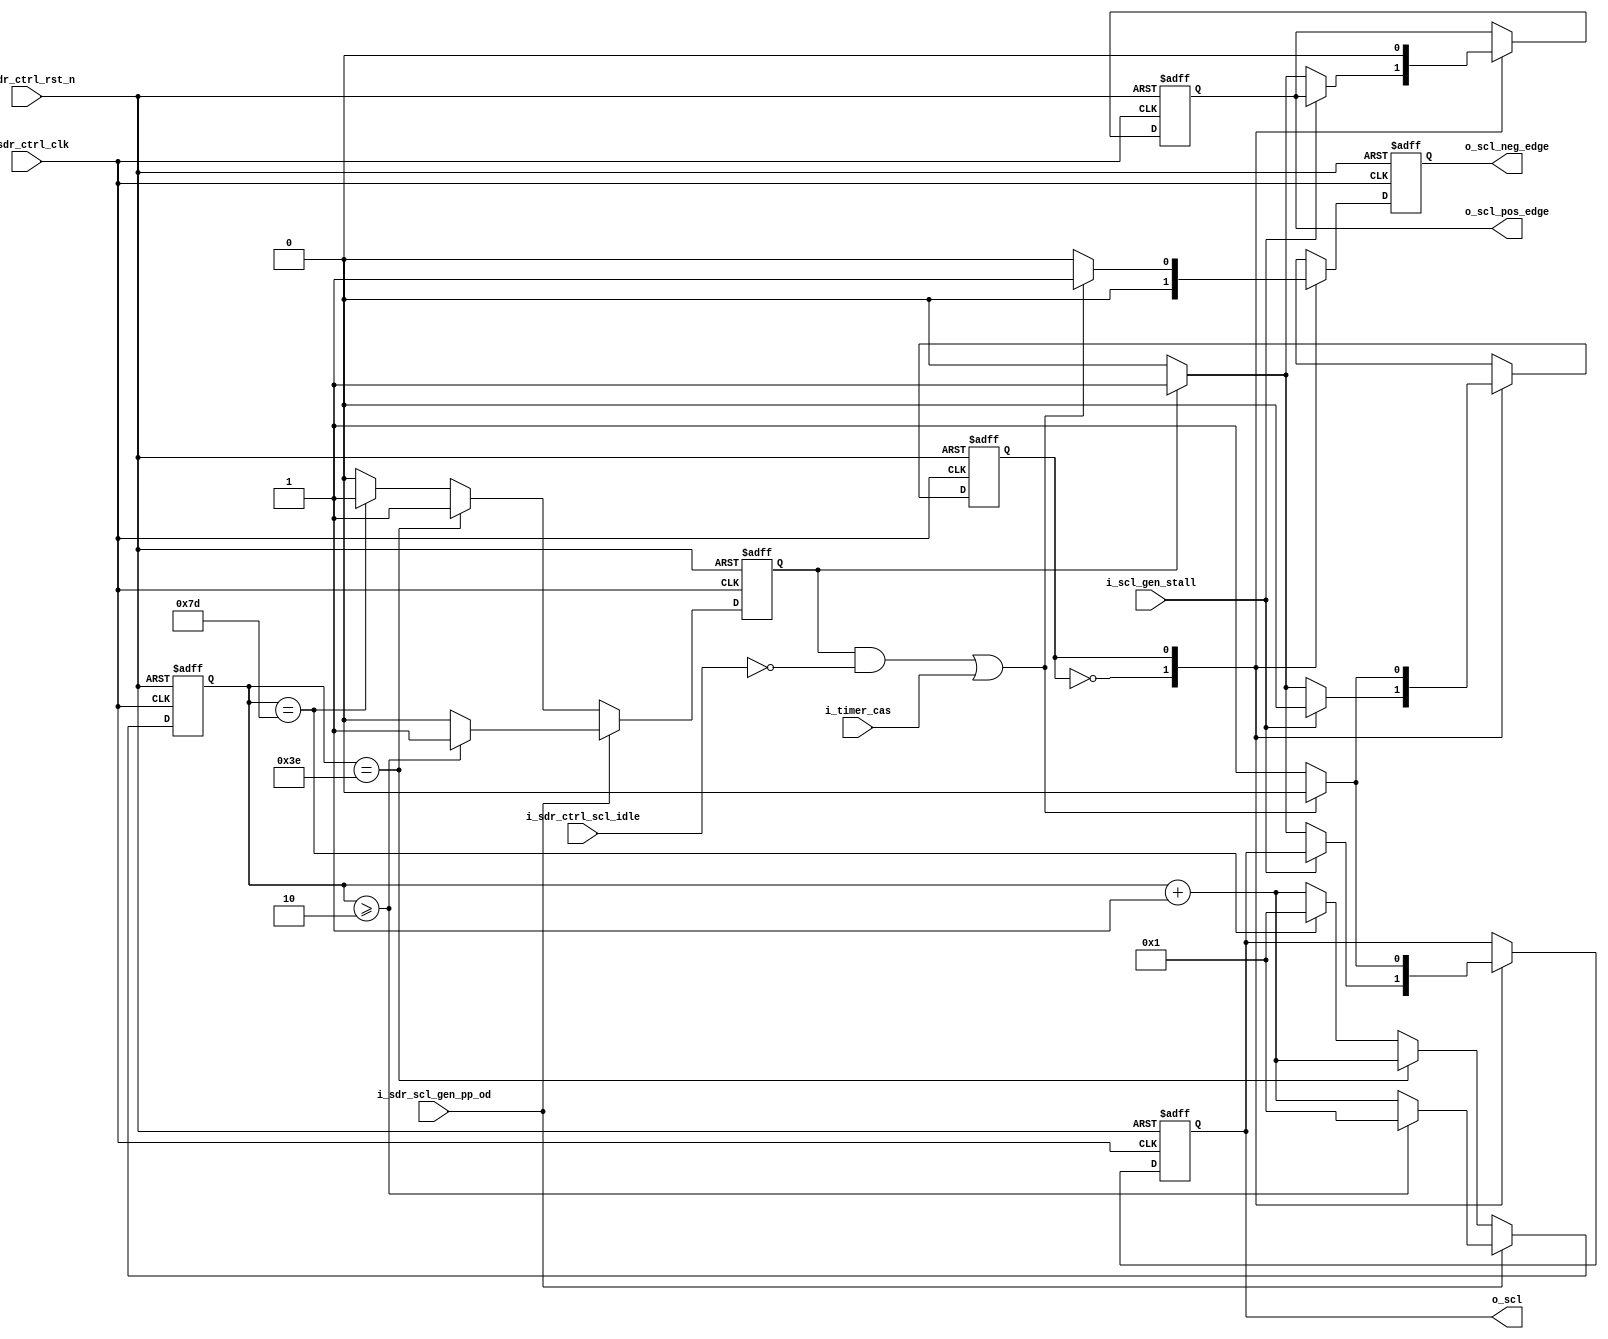
//////////////////////////////////////////////////////////////////////////////////
//==================================================================================
// MIXEL GP 2023 LIBRARY
// Copyright (c) 2023 Mixel, Inc.  All Rights Reserved.
// CONFIDENTIAL AND PROPRIETARY SOFTWARE/DATA OF MIXEL and ASU 2023 GP, INC.
//
// Revision: Yaseen Salah
//
// Version : 1.0
//
// Design Name:  scl_generation
// Module Name:  scl_generation
//
//==================================================================================
//
//  STATEMENT OF USE
//
//  This information contains confidential and proprietary information of MIXEL.
//  No part of this information may be reproduced, transmitted, transcribed,
//  stored in a retrieval system, or translated into any human or computer
//  language, in any form or by any means, electronic, mechanical, magnetic,
//  optical, chemical, manual, or otherwise, without the prior written permission
//  of MIXEL.  This information was prepared for Garduation Project purpose and is for
//  use by MIXEL Engineers only.  MIXEL and ASU 2023 GP reserves the right
//  to make changes in the information at any time and without notice.
//
//==================================================================================
//////////////////////////////////////////////////////////////////////////////////


`default_nettype none
module scl_generation(
    input  wire       i_sdr_ctrl_clk          ,   // 50 MHz clock
    input  wire       i_sdr_ctrl_rst_n        ,
    input  wire       i_sdr_scl_gen_pp_od     ,   // 1: Push-Pull      // 0: for Open-Drain

    input  wire       i_scl_gen_stall         ,   // 1 for stalling
    input  wire       i_sdr_ctrl_scl_idle     ,
    input  wire       i_timer_cas             ,
    
    output reg        o_scl_pos_edge          ,
    output reg        o_scl_neg_edge          ,
    output reg        o_scl                  );




//-- states encoding in gray ---------------------------------------------

localparam LOW  = 1'b0 ;
localparam HIGH = 1'b1 ;


//-- internal wires declaration -------------------------------------------

reg          state   ;  //assigned at fsm
reg  [6:0]   count   ;  //assigned at counter
reg          switch  ;  //assigned at counter


//-- scl generation fsm ---------------------------------------------------

always @(posedge i_sdr_ctrl_clk or negedge i_sdr_ctrl_rst_n)
  begin: scl_generation_fsm

    if (!i_sdr_ctrl_rst_n)
      begin
        //-- state
          state   <=  HIGH   ;
        //-- outputs
          o_scl   <=  1'b1  ;
          o_scl_pos_edge <= 1'b0;
          o_scl_neg_edge <= 1'b0;
      end

    else
      begin
        case (state)
          LOW:
            begin
                o_scl_neg_edge <= 1'b0;
               if (i_scl_gen_stall) state <=   LOW  ;
               else
                begin
                    if (switch)
                      begin
                        o_scl <=   1'b1 ;
                        state <=   HIGH ;
                        o_scl_pos_edge <= 1'b1;
                      end
                    else
                      begin
                        o_scl <=   1'b0 ;
                        state <=   LOW  ;
                        o_scl_pos_edge <= 1'b0;
                      end
                end
            end

          HIGH:
            begin
            o_scl_pos_edge <= 1'b0;
                if ((switch && !i_sdr_ctrl_scl_idle) || (i_timer_cas) )
                  begin
                    o_scl <=   1'b0 ;
                    state <=   LOW  ;
                    o_scl_neg_edge <= 1'b1;
                  end
                else
                  begin
                    o_scl <=   1'b1 ;
                    state <=   HIGH ;
                    o_scl_neg_edge <= 1'b0;
                  end
            end
        endcase
      end
  end
//-- switch generation counter --------------------------------------------

always @(posedge i_sdr_ctrl_clk or negedge i_sdr_ctrl_rst_n)
  begin: scl_generation_counter

    if (!i_sdr_ctrl_rst_n)
      begin
          count  <= 7'b1 ;
          switch <= 1'b0 ;
      end

  // 50 MHz/4 = 12.5 MHz for Push-Pull
    else if (i_sdr_scl_gen_pp_od)
      begin
          if (count >= 7'd2)               // lw kan by3d already
            begin
              count  <= 7'b1 ;             // restart counting
              switch <= 1'b1 ;             // flag for only one clk cycle indictes that i have stwitched btn O.D and P.P
            end
          else
            begin
              count  <= count + 1'b1 ;
              switch <= 1'b0 ;
            end
      end

  // 50 MHz/125 = 400 KHz for Open-Drain
    else
      begin
          if (count == 7'd62)
            begin
              switch <= 1'b1;
              count  <= count + 1'b1;
            end
          else if (count == 7'd125)
            begin
              count  <= 7'b1 ;
              switch <= 1'b1;
            end
          else
            begin
              count <= count + 1'b1;
              switch <= 1'b0;
            end
      end

  end



endmodule
`default_nettype wire